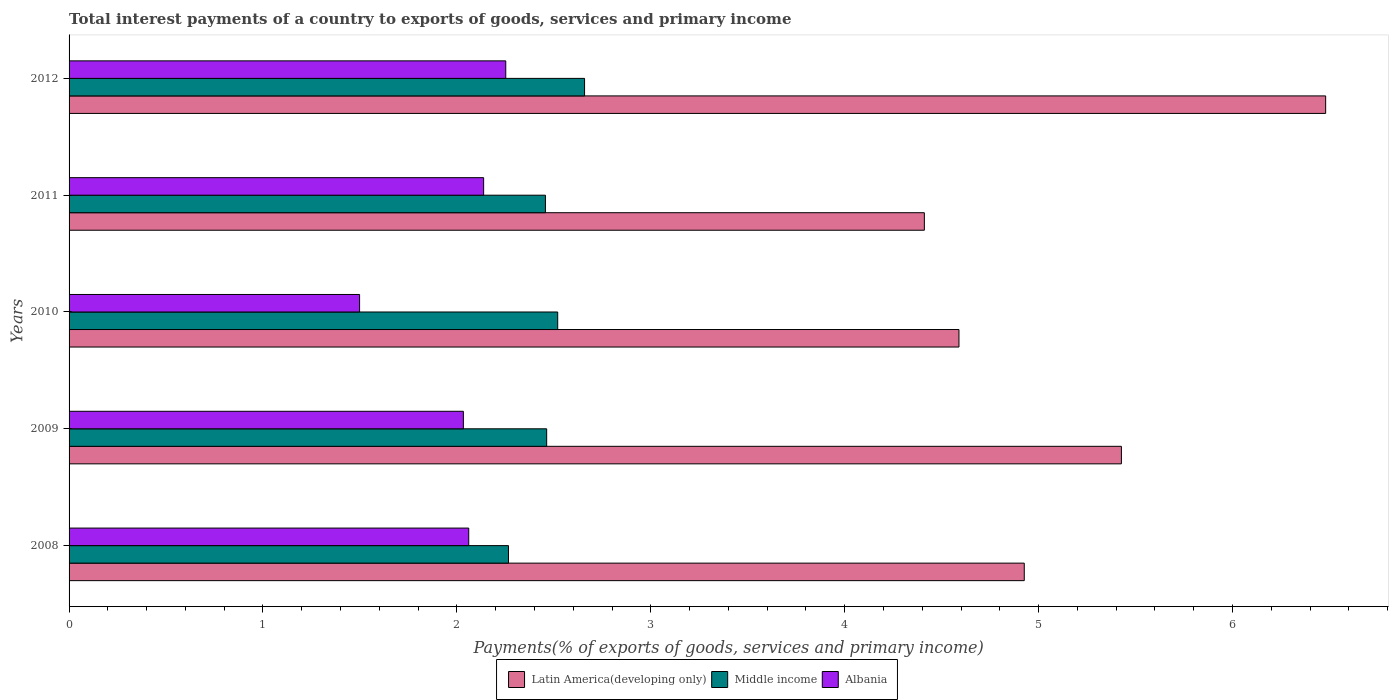
| Years | Latin America(developing only) | Middle income | Albania |
 | --- | --- | --- | --- |
 | 2008 | 4.93 | 2.27 | 2.06 |
 | 2009 | 5.43 | 2.46 | 2.03 |
 | 2010 | 4.59 | 2.52 | 1.5 |
 | 2011 | 4.41 | 2.46 | 2.14 |
 | 2012 | 6.48 | 2.66 | 2.25 |